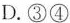
形态工作领导权③大力发展先进文化，坚决抵制和